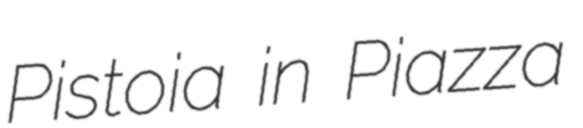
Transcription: Pistoia in Piazza